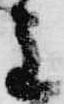
主